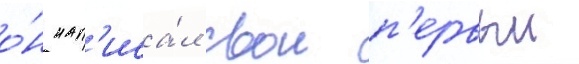
о́н нап'иса́л свои п'ервыи